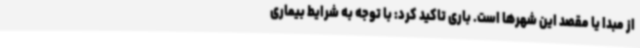
از مبدا یا مقصد این شهرها است. باری تاکید کرد: با توجه به شرایط بیماری